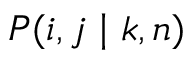
P ( i , j \mid k , n )